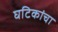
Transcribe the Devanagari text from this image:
घटिकांचा